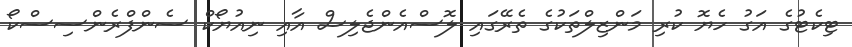
ޓިކެޓުގެ އަގު ހެޔޮ ކުރި މަންޒިލްތަކުގެ ތެރޭގައި ލޮސްއެންޖެލިސް އާއި ނިއުޔޯކް ސެންފްރެންސިސްކޯ